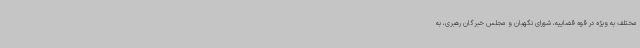
مختلف به‌ ویژه در قوه قضاییه، شورای نگهبان و مجلس خبرگان رهبری، به